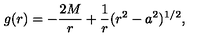
g ( r ) = - { \frac { 2 M } { r } } + { \frac { 1 } { r } } ( r ^ { 2 } - a ^ { 2 } ) ^ { 1 / 2 } ,